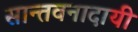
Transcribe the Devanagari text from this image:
सान्तवनादायी